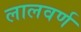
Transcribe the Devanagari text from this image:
लालवर्ण